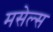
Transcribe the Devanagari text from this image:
मसेल्स